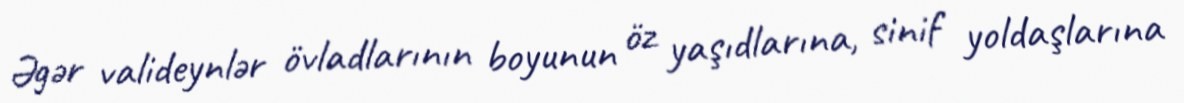
Əgər valideynlər övladlarının boyunun öz yaşıdlarına, sinif yoldaşlarına